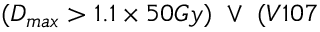
( D _ { m a x } > 1 . 1 \times 5 0 G y ) ~ \lor ~ ( V 1 0 7 \